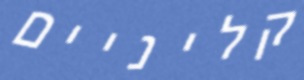
קליניים